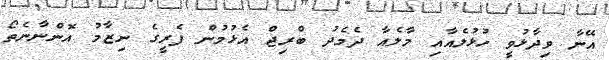
އޭނާ ވިދާޅުވީ ހުޅުލެއާއި މާލެއާ ދެމެދު ބްރިޖް އެޅުމުން ފެރީގެ ނިޒާމު އޮންނާނެތޯ